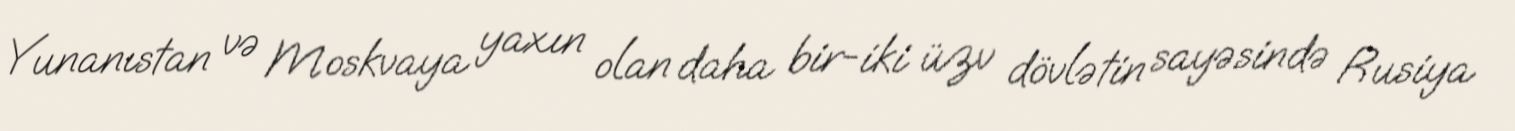
Yunanıstan və Moskvaya yaxın olan daha bir-iki üzv dövlətin sayəsində Rusiya